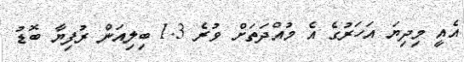
އެއީ މިދިޔަ އަހަރުގެ އެ މުއްދަތަށް ވުރެ 1.3 ބިލިއަން ރުފިޔާ ބޮޑު